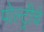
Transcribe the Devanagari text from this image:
पोल्ट्रीचे